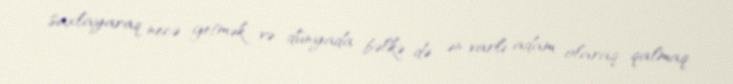
saxlayaraq necə getmək və dünyada bəlkə də ən varlı adam olaraq qalmaq.